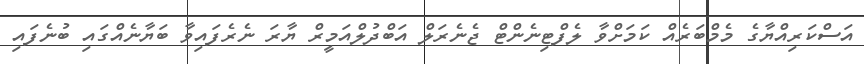
އަސްކަރިއްޔާގެ މެމްބަރެއް ކަމަށްވާ ލެފްޓިނެންޓް ޖެނެރަލް އަބްދުލްއަމީރް ޔާރަ ނެރެފައިވާ ބަޔާނެއްގައި ބުނެފައި